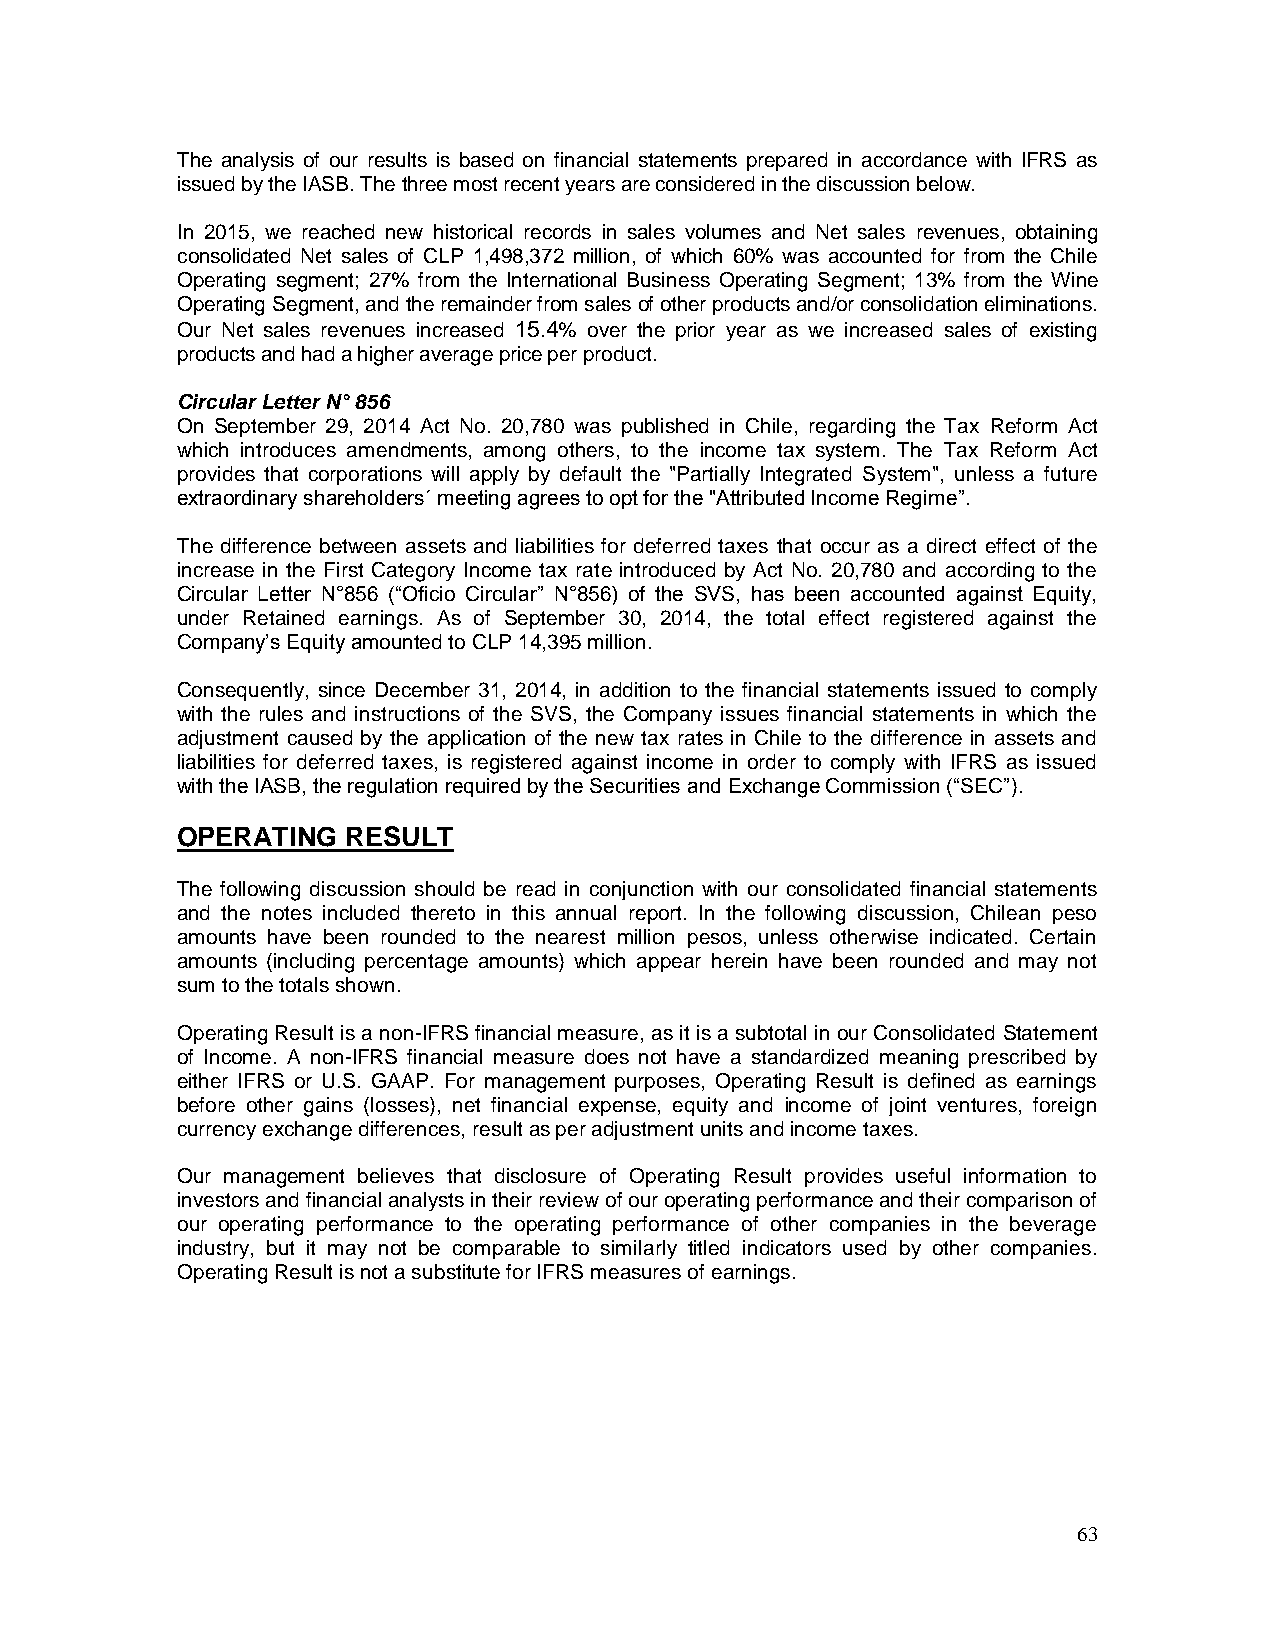
The analysis of our results is based on financial statements prepared in accordance with IFRS as
 issued by the IASB. The three most recent years are considered in the discussion below.
 In 2015, we reached new historical records in sales volumes and Net sales revenues, obtaining
 consolidated Net sales of CLP 1,498,372 million, of which 60% was accounted for from the Chile
 Operating segment; 27% from the International Business Operating Segment; 13% from the Wine
 Operating Segment, and the remainder from sales of other products and/or consolidation eliminations.
 Our Net sales revenues increased 15.4% over the prior year as we increased sales of existing
 products and had a higher average price per product.
 Circular Letter N° 856
 On September 29, 2014 Act No. 20,780 was published in Chile, regarding the Tax Reform Act
 which introduces amendments, among others, to the income tax system. The Tax Reform Act
 provides that corporations will apply by default the "Partially Integrated System", unless a future
 extraordinary shareholders´ meeting agrees to opt for the "Attributed Income Regime”.
 The difference between assets and liabilities for deferred taxes that occur as a direct effect of the
 increase in the First Category Income tax rate introduced by Act No. 20,780 and according to the
 Circular Letter N°856 (“Oficio Circular” N°856) of the SVS, has been accounted against Equity,
 under Retained earnings. As of September 30, 2014, the total effect registered against the
 Company’s Equity amounted to CLP 14,395 million.
 Consequently, since December 31, 2014, in addition to the financial statements issued to comply
 with the rules and instructions of the SVS, the Company issues financial statements in which the
 adjustment caused by the application of the new tax rates in Chile to the difference in assets and
 liabilities for deferred taxes, is registered against income in order to comply with IFRS as issued
 with the IASB, the regulation required by the Securities and Exchange Commission (“SEC”).
 OPERATING  RESULT
 The following discussion should be read in conjunction with our consolidated financial statements
 and the notes included thereto in this annual report. In the following discussion, Chilean peso
 amounts have been rounded to the nearest million pesos, unless otherwise indicated. Certain
 amounts (including percentage amounts) which appear herein have been rounded and may not
 sum to the totals shown.
 Operating Result is a non-IFRS financial measure, as it is a subtotal in our Consolidated Statement
 of Income. A non-IFRS financial measure does not have a standardized meaning prescribed by
 either IFRS or U.S. GAAP. For management purposes, Operating Result is defined as earnings
 before other gains (losses), net financial expense, equity and income of joint ventures, foreign
 currency exchange differences, result as per adjustment units and income taxes.
 Our management believes that disclosure of Operating Result provides useful information to
 investors and financial analysts in their review of our operating performance and their comparison of
 our operating performance to the operating performance of other companies in the beverage
 industry, but it may not be comparable to similarly titled indicators used by other companies.
 Operating Result is not a substitute for IFRS measures of earnings.
 63